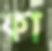
ফা